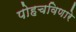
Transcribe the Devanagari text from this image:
पोहचविणारे